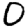
Digit: 0